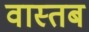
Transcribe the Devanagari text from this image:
वास्तब